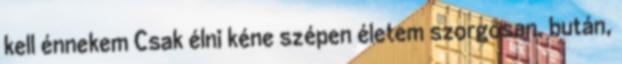
kell énnekem Csak élni kéne szépen életem szorgosan, bután,